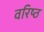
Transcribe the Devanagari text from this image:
वरिष्‍ठ